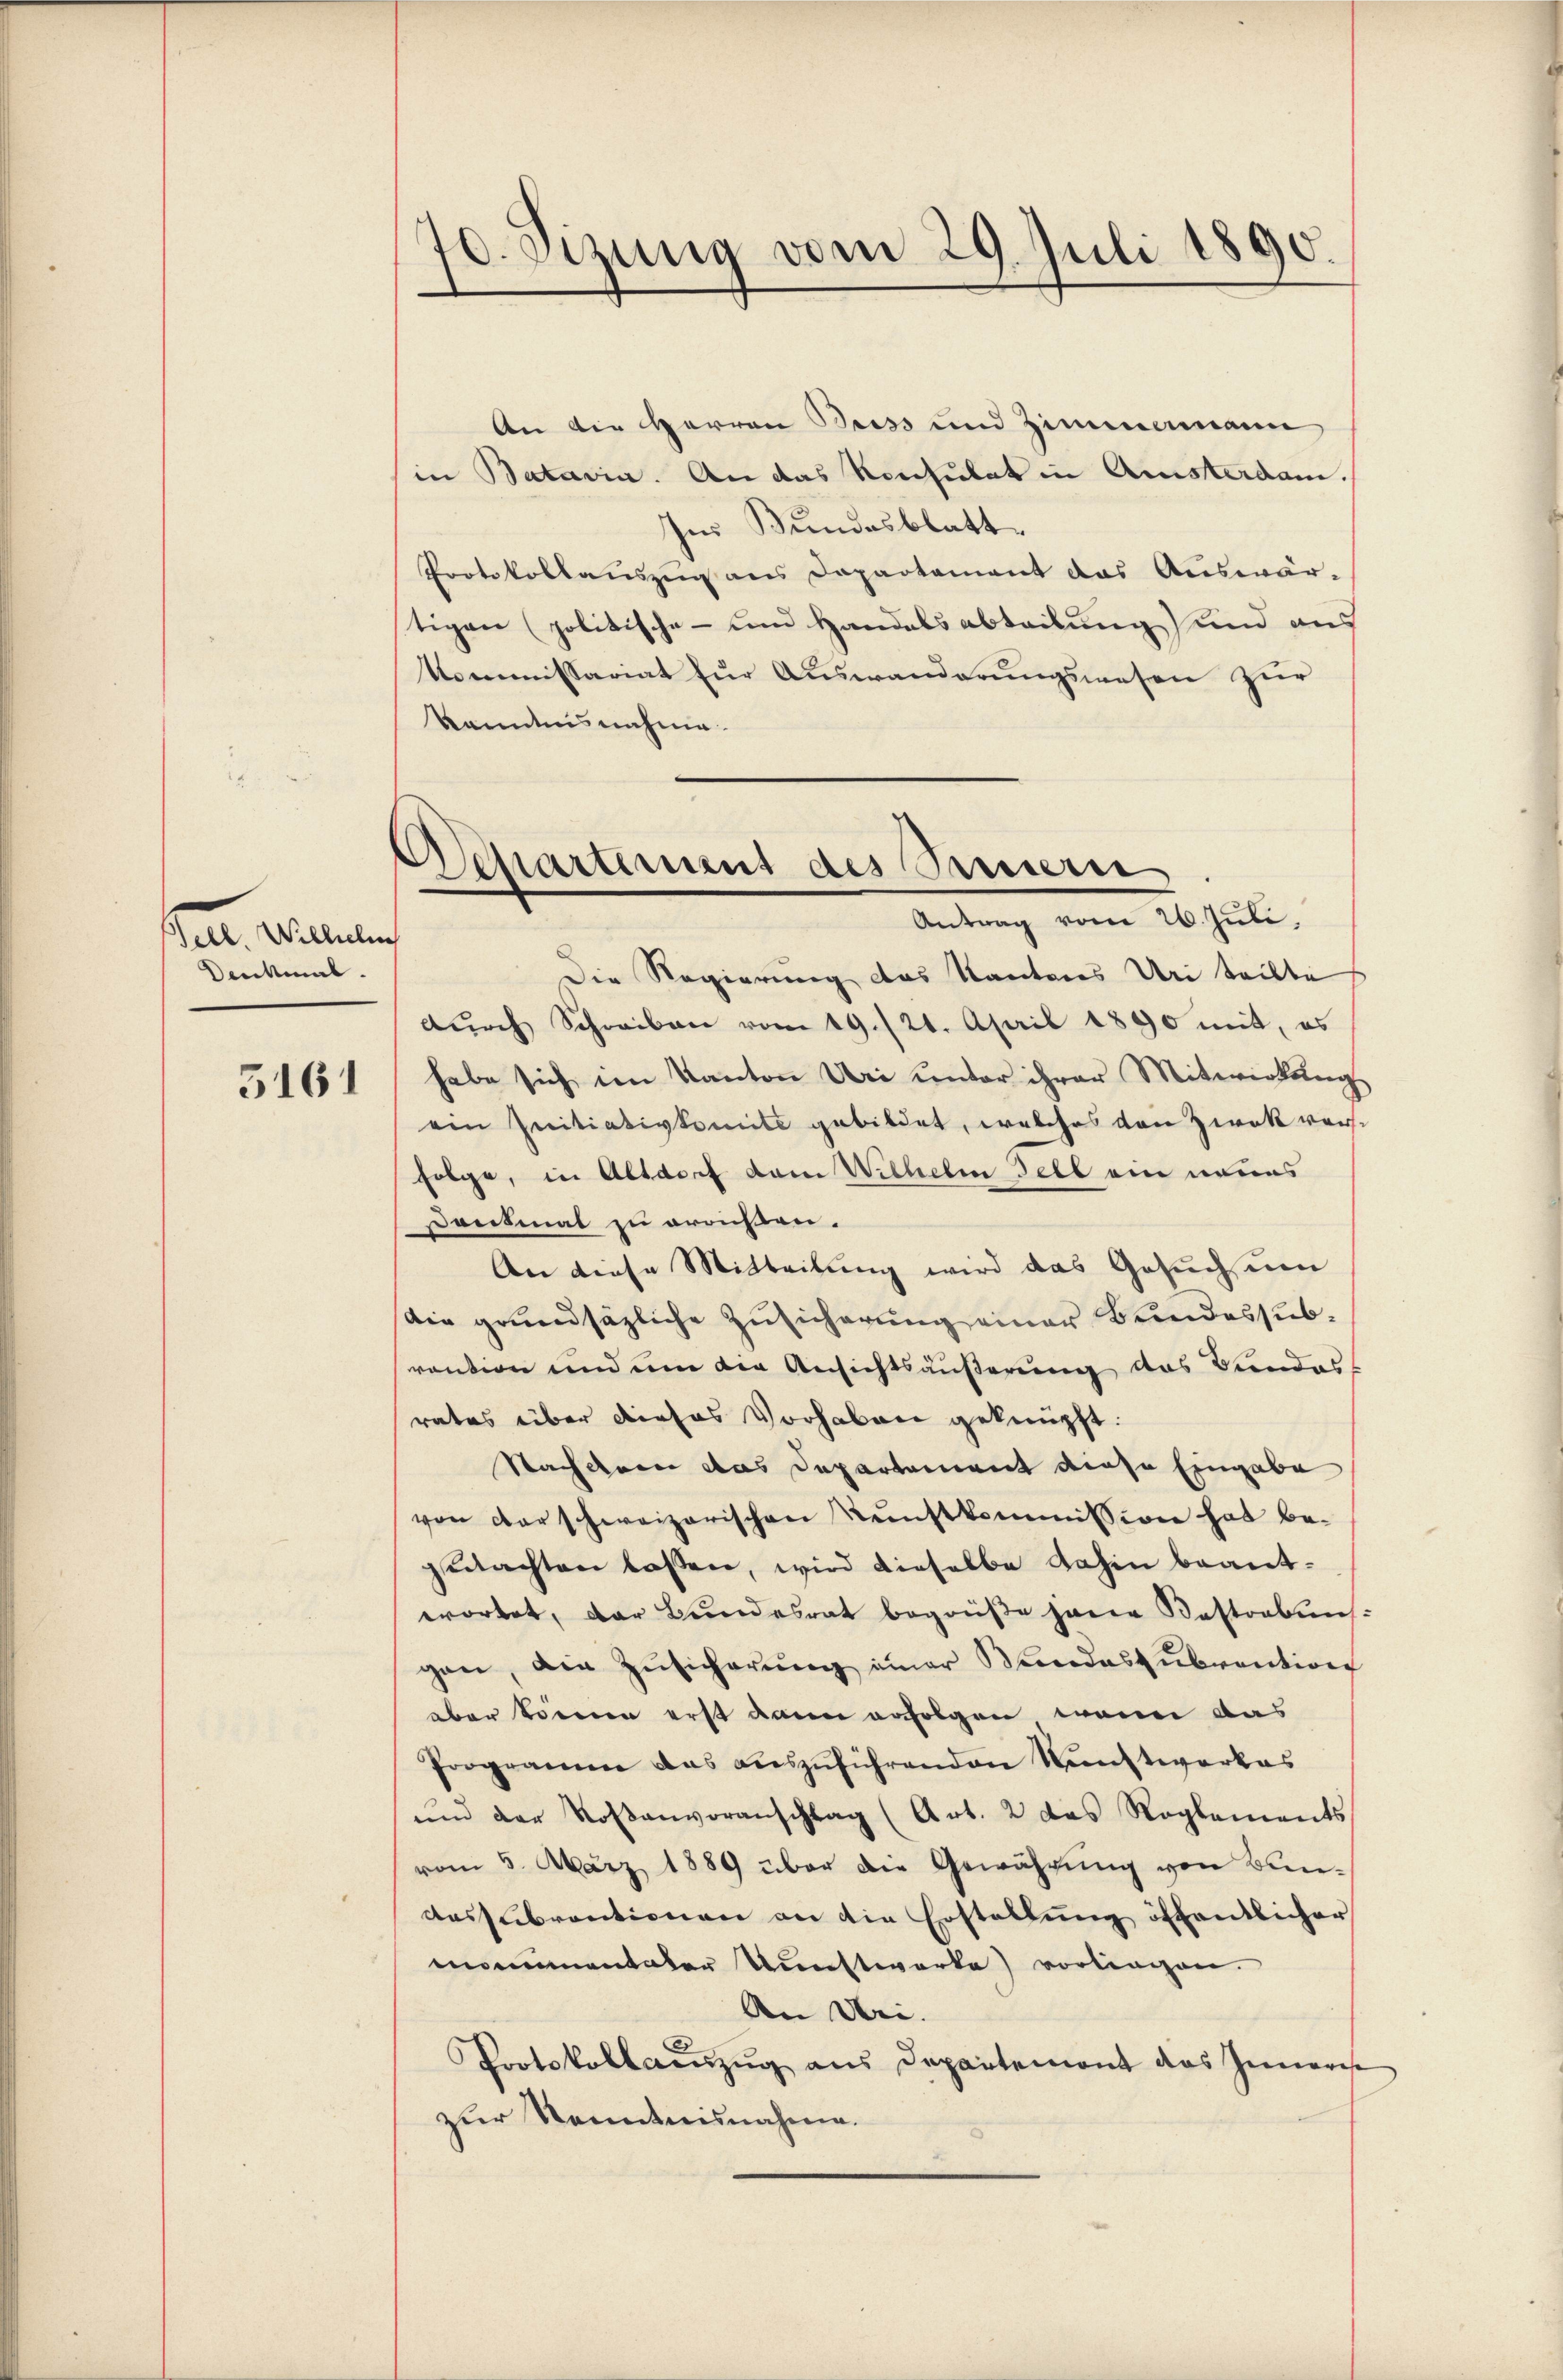
Tell Wilhelm
Denkmal
5161

70. Sizung vom 29. Juli 1890.

Departement des Sinnern
Antrag vom 26. Juli.

An die Herren Briss und Zimmenann
in Batavia. An das Konsulat in Amsterdam.
Ins Bundesblatt
Protokollauszug aus Departement das Auswärtigen (politische- und Handelsabteilung und auf
Kommissariat zur Auswanderungswesen zur
kanntnisnahme.

Die Regierung das Kantons Uri teilte
dŭrch Schreiben vom 19./21. April 1890 mit, es
habe sich im Kanton Uri unter ihrer Mitwirkung
ein Initiativkomite gebildet, welches den Zwek vorfolge, in Altdorf dem Wilhelm Fell ein neues
Dausmal zu graußen.
An diese Mitteilung wird das Gesuch um
die grundsätzliche Zusicherung einer Bundessubvention und um die Ansichtsäußerung des Bundess
rates über dieses Vorhaben geknüpft:
Stachtern das Departement diese Eingabe
von der schweizerischen Kŭnstkommission hat be-
gudachten lassen, wird dieselbe dahin beantwortet, der Bundesrat begrüße jenen Kastrebens-
gen, die Zŭsicherŭng einer Bandasŭbvention
aber können erst dann erfolgen, wenn das
Programm das aŭszŭführenden Nŭnstwerkes
und der Rosenvoranschlag (Art. 2 das Reglements
vom 5. März 1889 über die Gewährung von Bunaessubventionen an die Erstellŭng öffentlicher
momentaler Kunstwerke vorliegen.
An Dri.
PPortokollauszug aus Departement das Innerse
zur Kenntnisnahme.